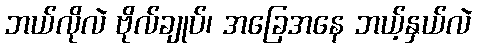
ဘယ်လိုလဲ ဗိုလ်ချုပ်၊ အခြေအနေ ဘယ့်နှယ်လဲ